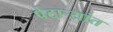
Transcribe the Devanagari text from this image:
पेटाऱ्यांत